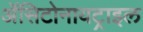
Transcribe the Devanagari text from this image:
ॲसिटोनायट्राइल